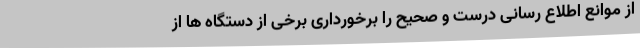
از موانع اطلاع رسانی درست و صحیح را برخورداری برخی از دستگاه ها از